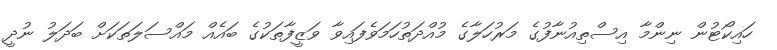
ހައިކޯޓުން ނިންމާ އިސްތިއުނާފުގެ މަރުހަލާގެ މުއްދަތުހަމަވެފައިވާ ވަޒީފާތަކުގެ ބައެއް މައްސަލަތަކަށް ބަދަލު ނުދީ